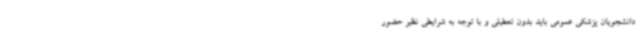
دانشجویان پزشکی عمومی باید بدون تعطیلی و با توجه به شرایطی نظیر حضور